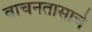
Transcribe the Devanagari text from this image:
वाचनतासाचे